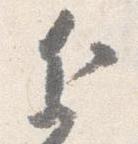
近